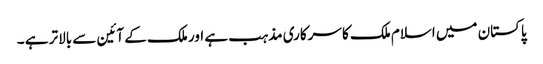
پاکستان میں اسلام ملک کا سرکاری مذہب ہے اور ملک کے آئین سے بالاتر ہے ۔